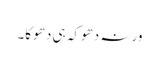
ورنہ دھوکہ ہی دھوکا۔